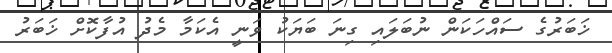
ޚަބަރުގެ ސައްހަކަން ނުބަލައި ގިނަ ބަޔަކު ވަނީ އެކަމާ މެދު އުފާކޮށް ޚަބަރު